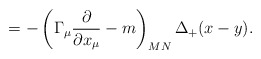
\begin{align*}=-\left( \Gamma _\mu \frac \partial {\partial x_\mu }-m\right)_{MN}\Delta _{+}(x-y) .\end{align*}